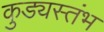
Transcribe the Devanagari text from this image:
कुड्यस्तंभ